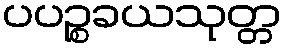
ပပဉ္စခယသုတ္တ